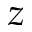
z